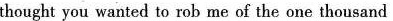
thought you wanted to rob me of the one thousand